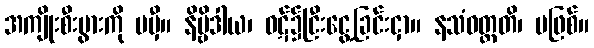
အကျိုးစီးပွားကို မမှီ။ နိဗ္ဗိဒါယ၊ ဝဋ်၌ငြီးငွေ့ခြင်းငှာ။ နသံဝတ္တတိ၊ မဖြစ်။